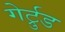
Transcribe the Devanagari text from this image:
गेर्ट्रुड